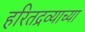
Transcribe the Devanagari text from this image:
हरितद्रव्याच्या